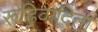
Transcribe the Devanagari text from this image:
रूढ्रिवादिता